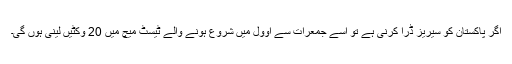
اگر پاکستان کو سیریز ڈرا کرنی ہے تو اسے جمعرات سے اوول میں شروع ہونے والے ٹیسٹ میچ میں 20 وکٹیں لینی ہوں گی۔